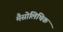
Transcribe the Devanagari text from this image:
मैसोलिथिक